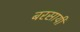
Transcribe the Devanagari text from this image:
बरसायी